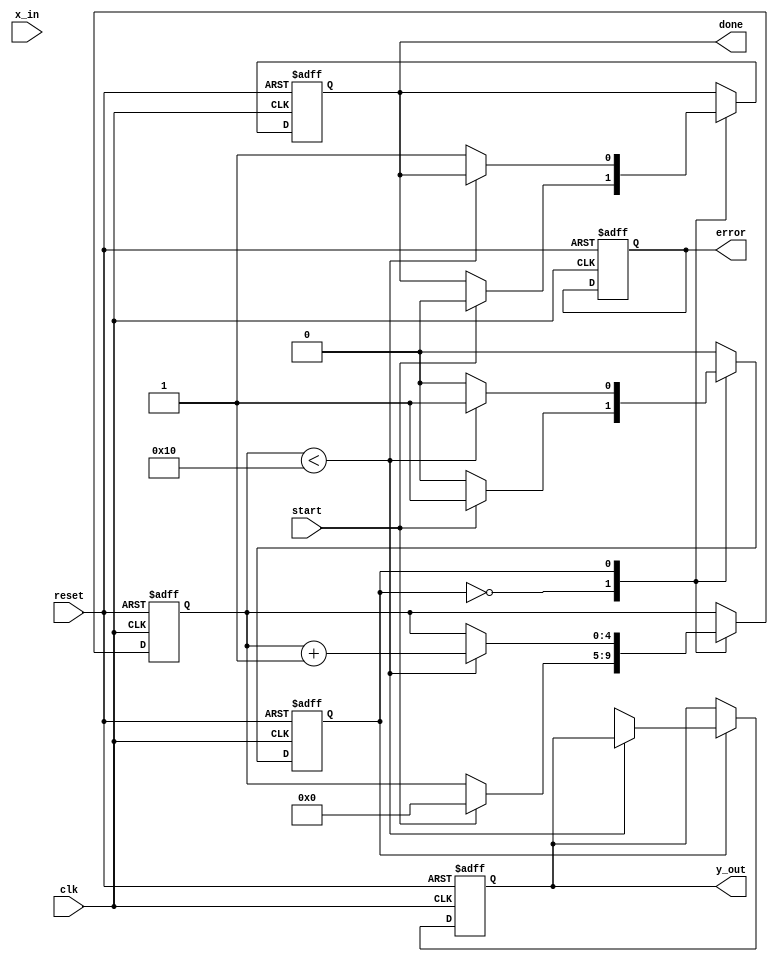
module cordic_exponential #(
    parameter WIDTH = 16,          // Width of fixed-point representation
    parameter ITERATIONS = 16,     // Number of iterations for CORDIC
    parameter CORDIC_GAIN = 16'hB2D4 // Pre-calculated CORDIC gain (fixed-point)
)(
    input wire clk,
    input wire reset,
    input wire start,
    input wire signed [WIDTH-1:0] x_in, // Input value (exponent)
    output reg signed [WIDTH-1:0] y_out, // Output value (exponential result)
    output reg done,
    output reg error
);

    // Internal registers
    reg signed [WIDTH-1:0] x[0:ITERATIONS-1]; // X values
    reg signed [WIDTH-1:0] y[0:ITERATIONS-1]; // Y values
    reg [4:0] iteration; // Iteration counter
    reg state; // State of the CORDIC operation

    // CORDIC angle lookup table for exponential calculations
    reg signed [WIDTH-1:0] atan_table [0:ITERATIONS-1];

    initial begin
        // Initialize the arctangent lookup table (fixed-point values)
        atan_table[0] = 16'h1C71; // atan(2^-0)
        atan_table[1] = 16'h0D89; // atan(2^-1)
        atan_table[2] = 16'h05A8; // atan(2^-2)
        atan_table[3] = 16'h028A; // atan(2^-3)
        atan_table[4] = 16'h0145; // atan(2^-4)
        atan_table[5] = 16'h00A2; // atan(2^-5)
        atan_table[6] = 16'h0051; // atan(2^-6)
        atan_table[7] = 16'h0028; // atan(2^-7)
        atan_table[8] = 16'h0014; // atan(2^-8)
        atan_table[9] = 16'h000A; // atan(2^-9)
        atan_table[10] = 16'h0005; // atan(2^-10)
        atan_table[11] = 16'h0002; // atan(2^-11)
        atan_table[12] = 16'h0001; // atan(2^-12)
        atan_table[13] = 16'h0001; // atan(2^-13)
        atan_table[14] = 16'h0000; // atan(2^-14)
        atan_table[15] = 16'h0000; // atan(2^-15)
    end

    // State machine for CORDIC operation
    always @(posedge clk or posedge reset) begin
        if (reset) begin
            iteration <= 0;
            y_out <= 0;
            done <= 0;
            error <= 0;
            state <= 0;
        end else begin
            case (state)
                0: begin // Idle state
                    if (start) begin
                        // Initialize values
                        x[0] <= x_in;
                        y[0] <= CORDIC_GAIN; // Initial value for y
                        iteration <= 0;
                        done <= 0;
                        state <= 1; // Move to computation state
                    end
                end
                1: begin // CORDIC computation state
                    if (iteration < ITERATIONS) begin
                        // Perform CORDIC rotation
                        if (x[iteration] < 0) begin
                            x[iteration + 1] <= x[iteration] + (y[iteration] >>> iteration);
                            y[iteration + 1] <= y[iteration] - (x[iteration] >>> iteration);
                        end else begin
                            x[iteration + 1] <= x[iteration] - (y[iteration] >>> iteration);
                            y[iteration + 1] <= y[iteration] + (x[iteration] >>> iteration);
                        end
                        iteration <= iteration + 1;
                    end else begin
                        // Final output
                        y_out <= y[ITERATIONS];
                        done <= 1;
                        state <= 0; // Go back to idle state
                    end
                end
            endcase
        end
    end

endmodule